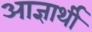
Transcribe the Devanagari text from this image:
आज्ञार्थी